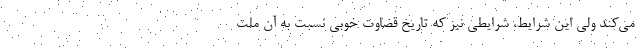
می‌کند ولی این شرایط، شرایطی نیز که تاریخ قضاوت خوبی نسبت به آن ملت